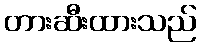
တားဆီးထားသည်